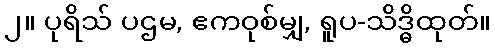
၂။ ပုရိသ် ပဌမ, ဧကဝုစ်မျှ, ရူပ-သိဒ္ဓိထုတ်။